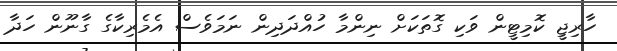
ހާރިޖީ ކޮމިޓީން ވަކި ގޮތަކަށް ނިންމާ ހުއްދަދިން ނަމަވެސް އެމެރިކާގެ ގާނޫން ހަދާ